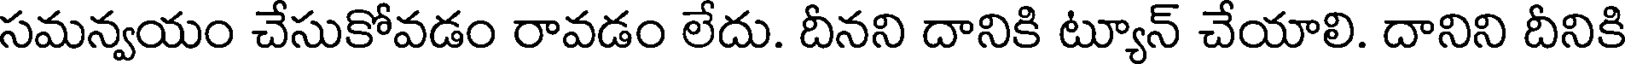
సమన్వయం చేసుకోవడం రావడం లేదు. దీనని దానికి ట్యూన్ చేయాలి. దానిని దీనికి